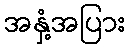
အနှံ့အပြား